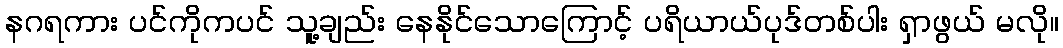
နဂရကား ပင်ကိုကပင် သူ့ချည်း နေနိုင်သောကြောင့် ပရိယာယ်ပုဒ်တစ်ပါး ရှာဖွယ် မလို။